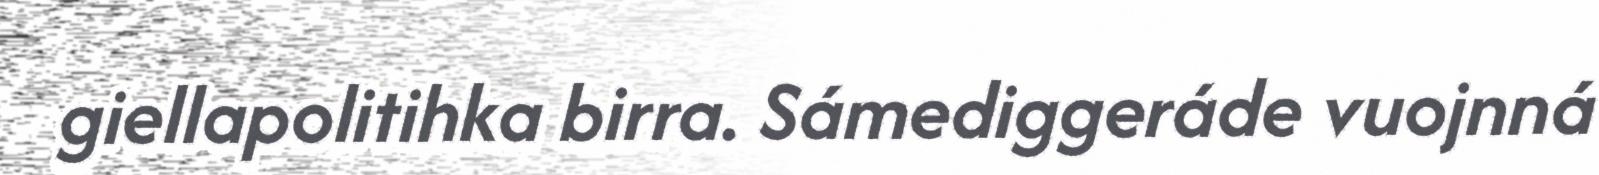
giellapolitihka birra. Sámediggeráde vuojnná